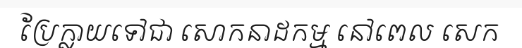
ប្រែក្លាយទៅជា សោកនាដកម្ម នៅពេល សេក